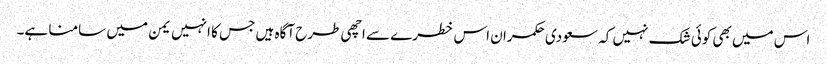
اس میں بھی کوئی شک نہیں کہ سعودی حکمران اس خطرے سے اچھی طرح آگاہ ہیں جس کا انہیں یمن میں سامنا ہے۔